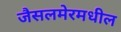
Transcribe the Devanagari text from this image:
जैसलमेरमधील